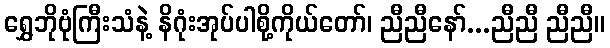
ရွှေဘိုဗုံကြီးသံနဲ့ နိဂုံးအုပ်ပါစို့ကိုယ်တော်၊ ညီညီနော်...ညီညီ ညီညီ။